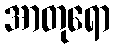
အာတုရော